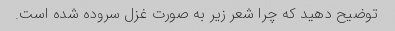
توضیح دهید که چرا شعر زیر به صورت غزل سروده شده است.